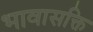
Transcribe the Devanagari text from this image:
भावासक्ति